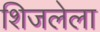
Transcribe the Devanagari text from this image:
शिजलेला